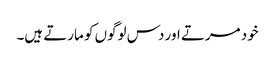
خود مرتے اور دس لوگوں کو مارتے ہیں۔